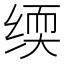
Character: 𬘰